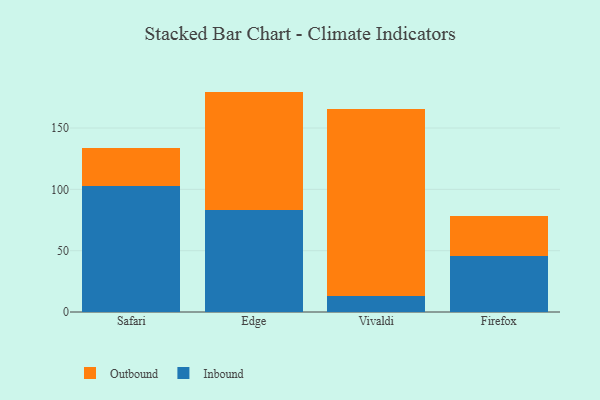
{"axis": {"x": "Browser", "y": "Gross Profit (USD K)"}, "legend": ["Inbound", "Outbound"], "data": [{"x": "Safari", "y": 102.4, "type": "Inbound"}, {"x": "Safari", "y": 31.0, "type": "Outbound"}, {"x": "Edge", "y": 83.5, "type": "Inbound"}, {"x": "Edge", "y": 96.2, "type": "Outbound"}, {"x": "Vivaldi", "y": 12.7, "type": "Inbound"}, {"x": "Vivaldi", "y": 152.9, "type": "Outbound"}, {"x": "Firefox", "y": 45.4, "type": "Inbound"}, {"x": "Firefox", "y": 32.8, "type": "Outbound"}]}